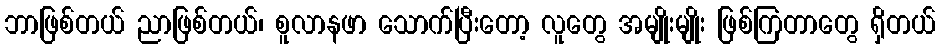
ဘာဖြစ်တယ် ညာဖြစ်တယ်၊ စူလာနဖာ သောက်ပြီးတော့ လူတွေ အမျိုးမျိုး ဖြစ်ကြတာတွေ ရှိတယ်